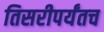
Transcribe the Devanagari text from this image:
तिसरीपर्यंतच